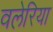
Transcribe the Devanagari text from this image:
वलेरिया